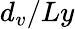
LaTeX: d_{v}/Ly